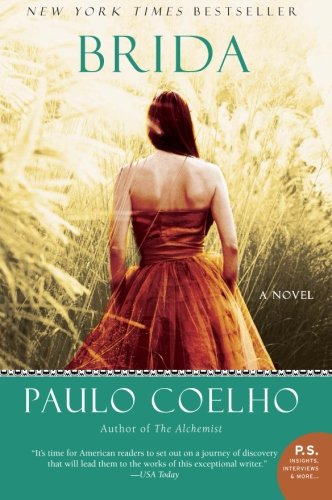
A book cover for Brida: A Novel (P.S.); Paulo Coelho; Literature & Fiction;